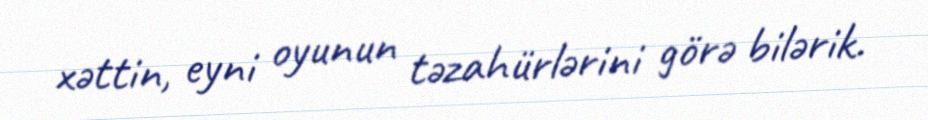
xəttin, eyni oyunun təzahürlərini görə bilərik.